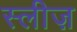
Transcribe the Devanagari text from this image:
स्लीज़